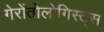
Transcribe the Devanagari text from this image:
गेरोंतोलोगिस्ट्स